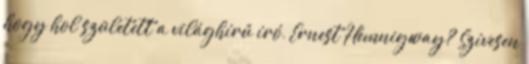
hogy hol született a világhírű író, Ernest Hemnigway? Szívesen